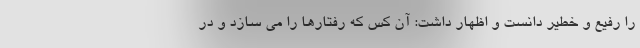
را رفیع و خطیر دانست و اظهار داشت: آن کس که رفتارها را می سازد و در